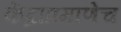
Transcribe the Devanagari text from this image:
केंद्राप्रमाणेच